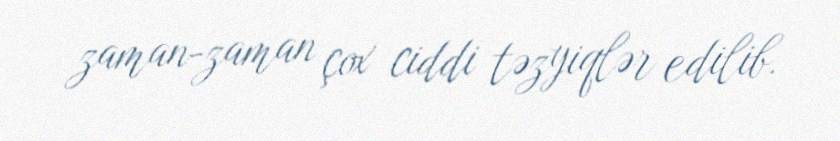
zaman-zaman çox ciddi təzyiqlər edilib.